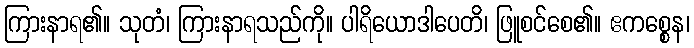
ကြားနာရ၏။ သုတံ၊ ကြားနာရသည်ကို။ ပါရိယောဒါပေတိ၊ ဖြူစင်စေ၏။ ဧကစ္စေန၊